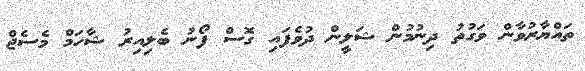
ތައްޔާރުވާން ވަގުތު ދިނުމުން ޝަލީން ދުވެފައި ގޮސް ފޯނު ބެލިއިރު ޝާހަމް މެސެޖް